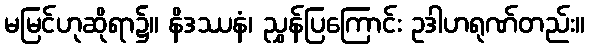
မမြင်ဟုဆိုရာ၌။ နိဒဿနံ၊ ညွှန်ပြကြောင်း ဥဒါဟရုဏ်တည်း။